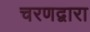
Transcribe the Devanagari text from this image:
चरणद्वारा